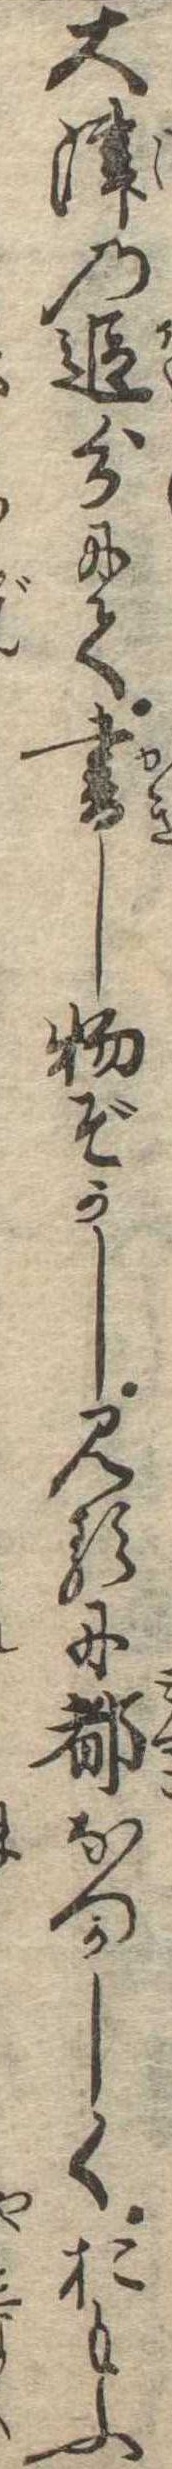
大津の追分にて書し物ぞかし見るに都なつかしくおもふ